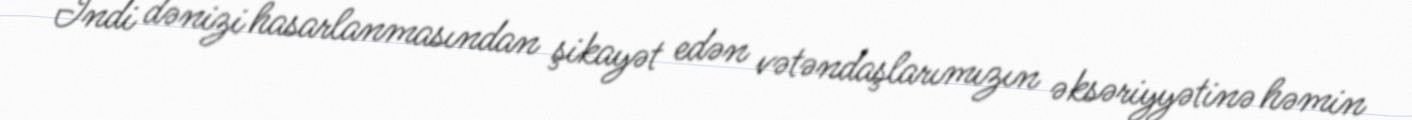
İndi dənizi hasarlanmasından şikayət edən vətəndaşlarımızın əksəriyyətinə həmin